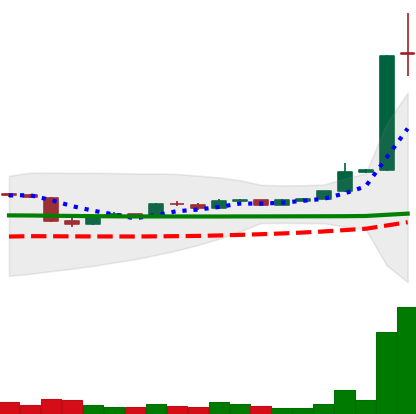
Ticker: LTC-USD
Chart end date: 2015-06-17
Forward return: 4.841%
Label: up_3_5